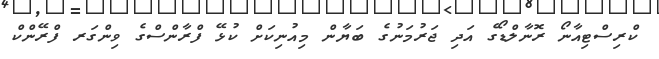
ކްރިސްޓިއާނޯ ރޮނާލްޑޯގެ އަދި ޖަރުމަނުގެ ބަޔާން މިއުނިކަށް ކުޅޭ ފްރާންސްގެ ވިންގަރ ފްރޭންކް